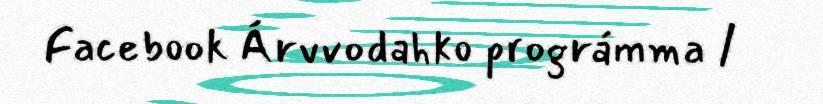
Facebook Árvvodahko prográmma /